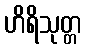
ဟိရိသုတ္တ